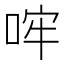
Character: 哰